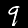
Digit: 9